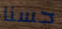
حسنا